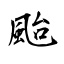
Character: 颱